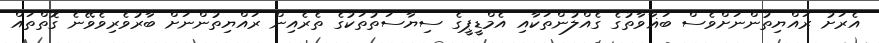
އެރަށު ރައްޔިތުންނަށްވެސް ބަޣާވާތުގެ ގެއްލުންތަކާއި އެމްޑީޕީގެ ސިޔާސަތުތަކުގެ ތެރެއިން ރައްޔިތުންނަށް ބާރުވެރިވެވޭނެ ގޮތްތައް